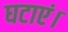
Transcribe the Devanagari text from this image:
घटाएं।